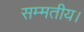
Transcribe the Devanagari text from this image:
सम्मतीय।